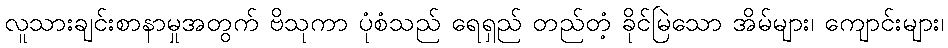
လူသားချင်းစာနာမှုအတွက် ဗိသုကာ ပုံစံသည် ရေရှည် တည်တံ့ ခိုင်မြဲသော အိမ်များ၊ ကျောင်းများ၊